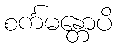
စင်္ကမန္တောပိ